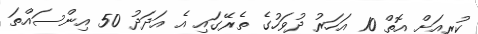
ކުރިއަށް އޮތް 10 އަހަރު ދުވަހުގެ ތެރޭގައި އެ އަދަދު 50 އިންސައްތަ